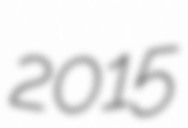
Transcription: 2015